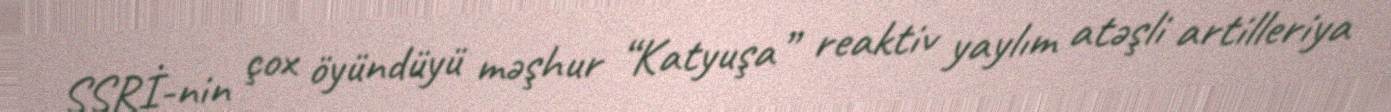
SSRİ-nin çox öyündüyü məşhur “Katyuşa” reaktiv yaylım atəşli artilleriya